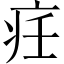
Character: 𱱋